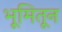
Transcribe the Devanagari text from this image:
भूमितून